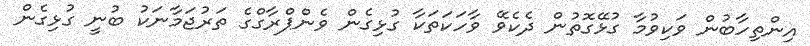
އިންތިހާބުން ވަކިވުމާ ގުޅޭގޮތުން ދެކެވޭ ވާހަކަތަކާ ގުޅިގެން ވެންޕްރާގްގެ ތަރުޖަމާނަކު ބުނީ ގުޅިގެން